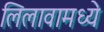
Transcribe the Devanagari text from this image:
लिलावामध्ये